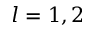
l = 1 , 2